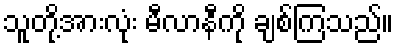
သူတို့အားလုံး မီလာနီကို ချစ်ကြသည်။